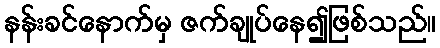
နန်းခင်နောက်မှ ဇက်ချုပ်နေ၍ဖြစ်သည်။